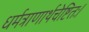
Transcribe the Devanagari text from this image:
धर्मत्राणार्थचेष्टितः।